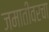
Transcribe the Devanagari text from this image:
जमातींवरचा